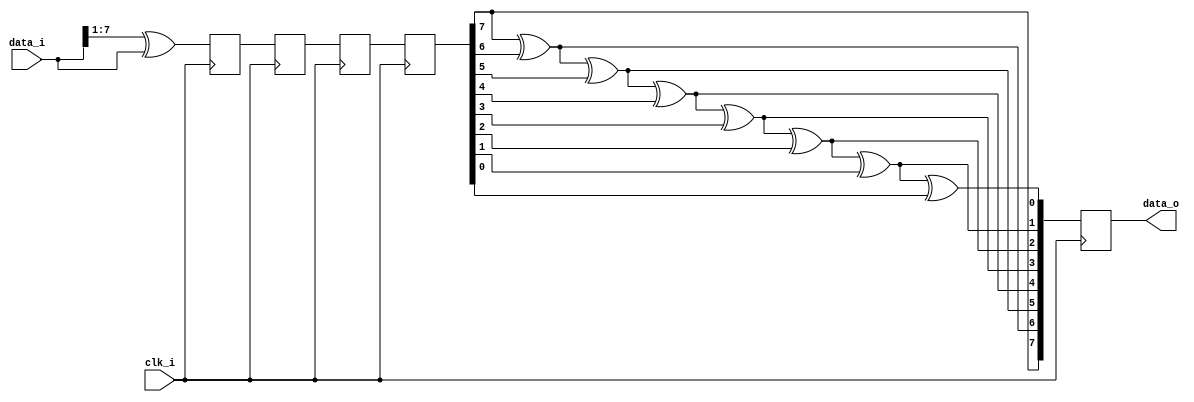
`timescale 1ns / 1ps
//////////////////////////////////////////////////////////////////////////////////
// Company: 
// Engineer: 
//////////////////////////////////////////////////////////////////////////////////


module GraySync_v#(
    parameter WIDTH = 8,
    parameter DEPTH = 2
) (
    input wire clk_i,
    input wire [WIDTH-1:0] data_i,
    output reg [WIDTH-1:0] data_o
);

    reg [WIDTH-1:0] grayi;
    reg [WIDTH-1:0] grayo;
    reg [WIDTH-1:0] data_r[0:DEPTH-1];
    integer count;
    // Convert Binary to Gray code
    function [WIDTH-1:0] bin2gray;
        input [WIDTH-1:0] arg;
        begin
            bin2gray = (arg >> 1) ^ arg;
        end
    endfunction

    // Convert Gray code to Binary
    function [WIDTH-1:0] gray2bin;
        input [WIDTH-1:0] arg;
        integer i;
        reg [WIDTH-1:0] bin;
        begin
            bin[WIDTH-1] = arg[WIDTH-1]; // Most significant bit remains the same
            for (i = WIDTH-2; i >= 0; i = i - 1) begin
                bin[i] = bin[i+1] ^ arg[i]; // XOR with the bit to the left
            end
            gray2bin = bin;
        end
    endfunction

    always @(posedge clk_i) begin
        grayi <= bin2gray(data_i);
        
        for (count = 0; count < DEPTH; count = count + 1) begin
            if (count == 0) begin
                data_r[0] <= grayi;
            end else begin
                data_r[count] <= data_r[count-1];
            end
        end
        grayo <= data_r[DEPTH-1];
        data_o <= gray2bin(grayo);
    end
endmodule